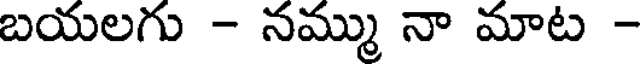
బయలగు - నమ్ము నా మాట -